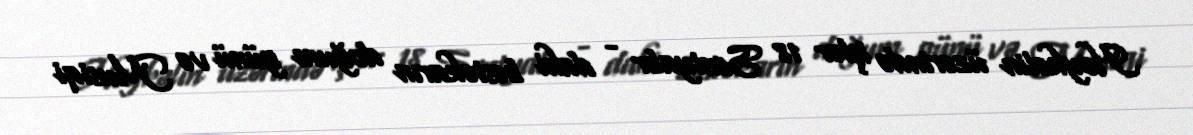
Heykəlin üzərində işlər 18 Sentyabr - dahi bəstəkarın doğum günü və Musiqi